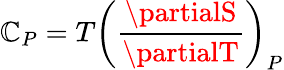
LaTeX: \mathbb{C}_{P}=T\left({\frac{{\partialS}}{{\partialT}}}\right)_{P}